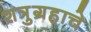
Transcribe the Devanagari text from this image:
शत्रुग्रहाचे